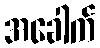
အခေါက်